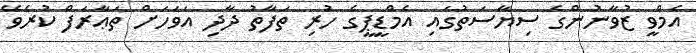
އެމްވީ ޒުވާނުންގެ ސިޔާސަތުގައި އެމްޑީޕީގެ ހުރި ތަފާތު ދާދި އަވަހަށް ތަޢާރަފް ކުރެވޭ